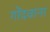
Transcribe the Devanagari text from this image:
गोंदवाना